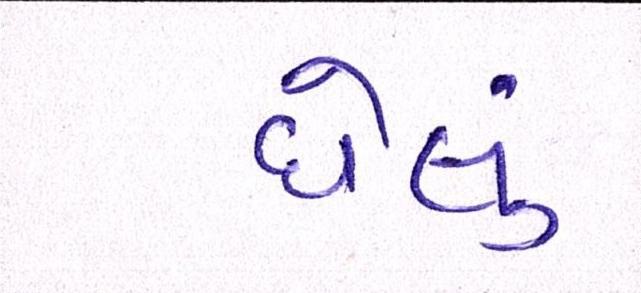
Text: ઘેલું